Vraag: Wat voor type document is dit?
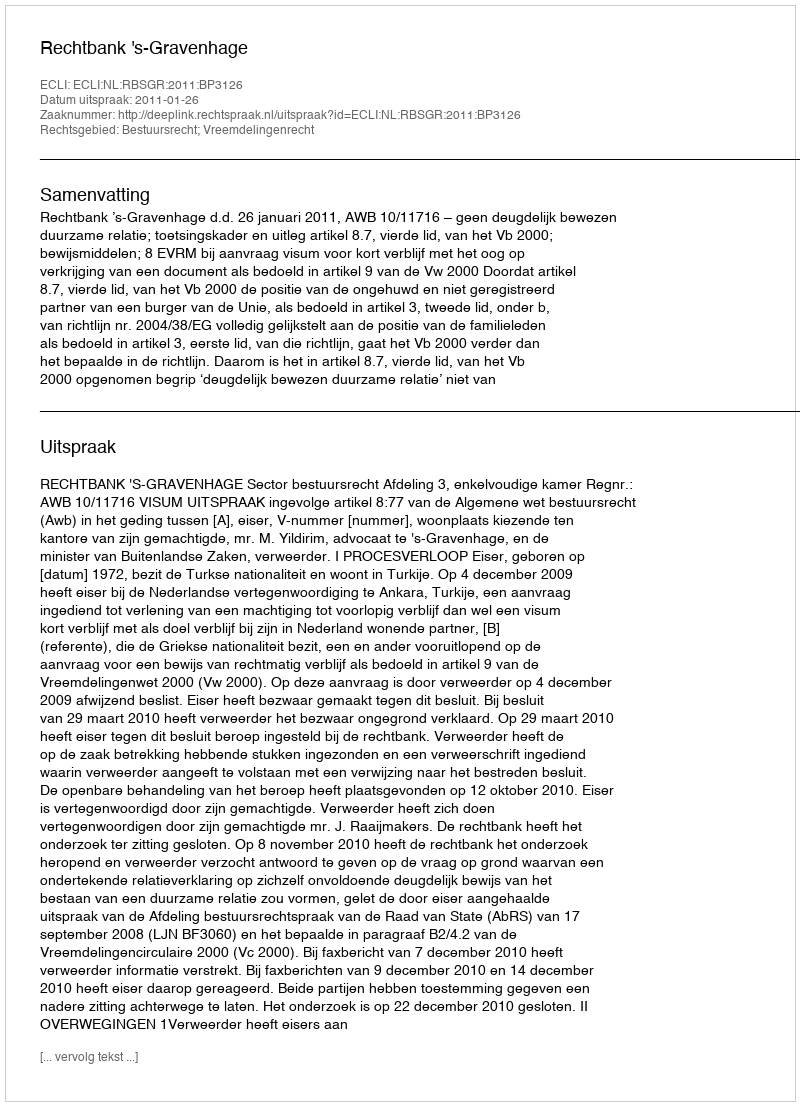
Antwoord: Uitspraak